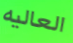
العاليه